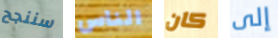
سننجح الناس كان إلى